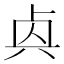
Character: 𠧯